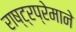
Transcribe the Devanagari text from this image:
राष्ट्रप्रेमाने